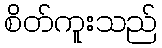
စိတ်ကူးသည်